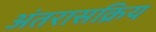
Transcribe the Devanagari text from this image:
अंतरासक्रिय